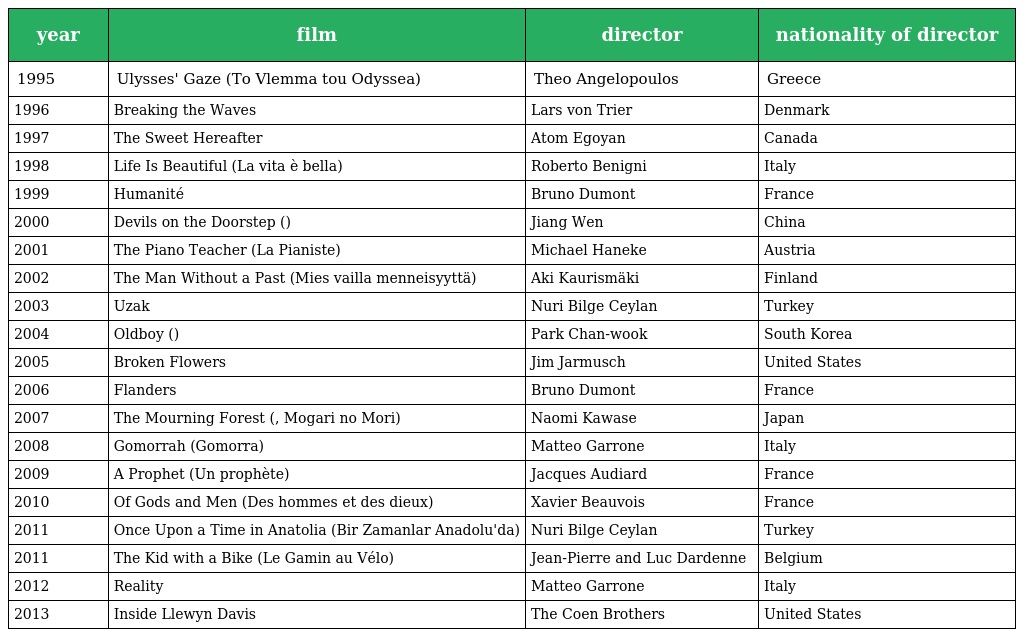
| year | film | director | nationality of director |
 | --- | --- | --- | --- |
 | 1995 | Ulysses' Gaze (To Vlemma tou Odyssea) | Theo Angelopoulos | Greece |
 | 1996 | Breaking the Waves | Lars von Trier | Denmark |
 | 1997 | The Sweet Hereafter | Atom Egoyan | Canada |
 | 1998 | Life Is Beautiful (La vita è bella) | Roberto Benigni | Italy |
 | 1999 | Humanité | Bruno Dumont | France |
 | 2000 | Devils on the Doorstep (鬼子来了) | Jiang Wen | China |
 | 2001 | The Piano Teacher (La Pianiste) | Michael Haneke | Austria |
 | 2002 | The Man Without a Past (Mies vailla menneisyyttä) | Aki Kaurismäki | Finland |
 | 2003 | Uzak | Nuri Bilge Ceylan | Turkey |
 | 2004 | Oldboy (올드보이) | Park Chan-wook | South Korea |
 | 2005 | Broken Flowers | Jim Jarmusch | United States |
 | 2006 | Flanders | Bruno Dumont | France |
 | 2007 | The Mourning Forest (殯の森, Mogari no Mori) | Naomi Kawase | Japan |
 | 2008 | Gomorrah (Gomorra) | Matteo Garrone | Italy |
 | 2009 | A Prophet (Un prophète) | Jacques Audiard | France |
 | 2010 | Of Gods and Men (Des hommes et des dieux) | Xavier Beauvois | France |
 | 2011 | Once Upon a Time in Anatolia (Bir Zamanlar Anadolu'da) | Nuri Bilge Ceylan | Turkey |
 | 2011 | The Kid with a Bike (Le Gamin au Vélo) | Jean-Pierre and Luc Dardenne | Belgium |
 | 2012 | Reality | Matteo Garrone | Italy |
 | 2013 | Inside Llewyn Davis | The Coen Brothers | United States |